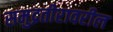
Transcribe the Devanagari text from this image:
समुद्रतीरावरील